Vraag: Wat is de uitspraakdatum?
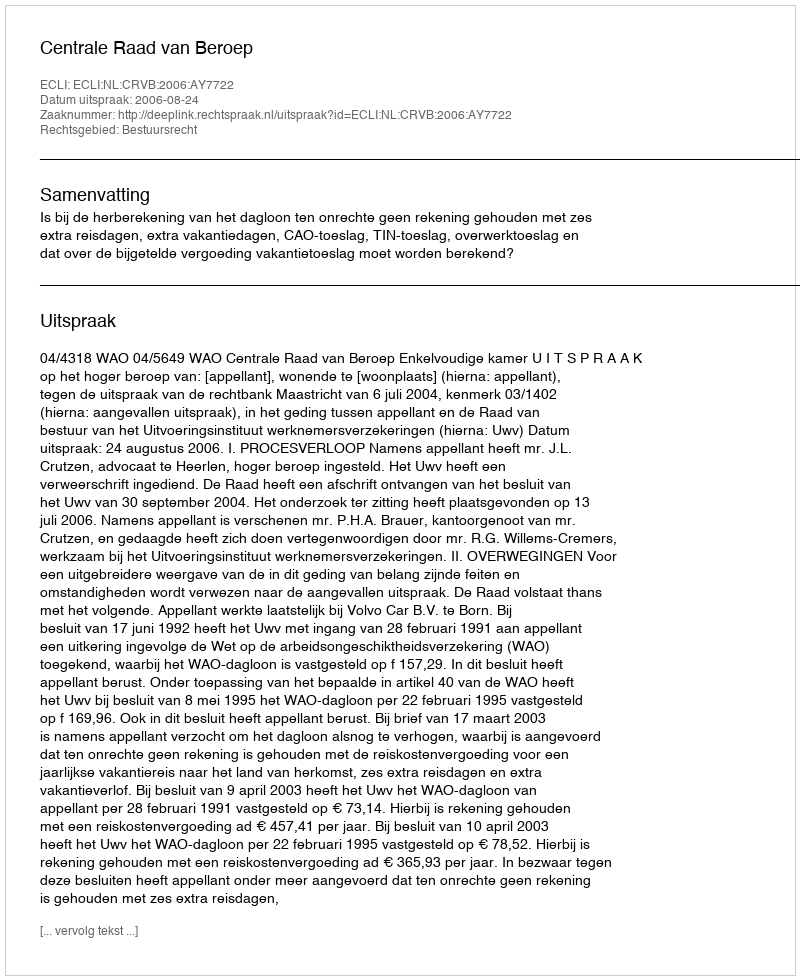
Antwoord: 2006-08-24